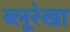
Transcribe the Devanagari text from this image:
ब्लूरेखा